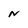
Character: N